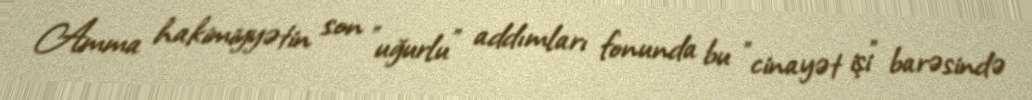
Amma hakimiyyətin son "uğurlu" addımları fonunda bu "cinayət işi" barəsində